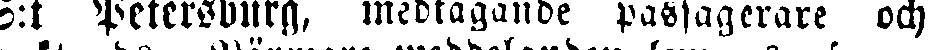
S:t Petersburg, medtagande passagerare och